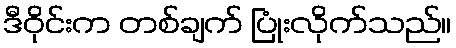
ဒီဝိုင်းက တစ်ချက် ပြုံးလိုက်သည်။